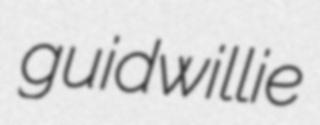
guidwillie